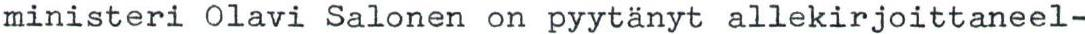
ministeri Olavi Salonen on pyytänyt allekirjoittaneel-